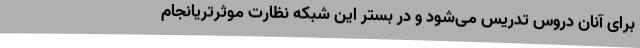
برای آنان دروس تدریس می‌شود و در بستر این شبکه نظارت موثرتریانجام